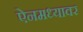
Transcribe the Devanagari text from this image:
ऐनमध्यावर